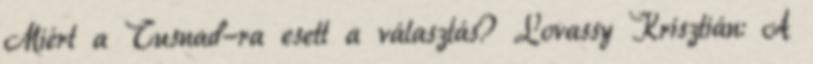
Miért a Tusnad-ra esett a választás? Lovassy Krisztián: A